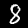
Label: 8